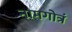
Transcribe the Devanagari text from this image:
नामगोत्रं